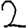
Digit: 2